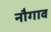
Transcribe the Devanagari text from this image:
नौगाव